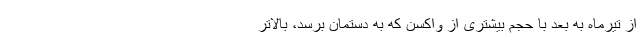
از تیرماه به بعد با حجم بیشتری از واکسن که به دستمان برسد، بالاتر